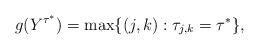
LaTeX: \begin{align*} g(Y^{\tau^*})=\max\{(j,k): \tau_{j,k}=\tau^*\},\end{align*}